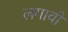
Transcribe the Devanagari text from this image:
लगावों